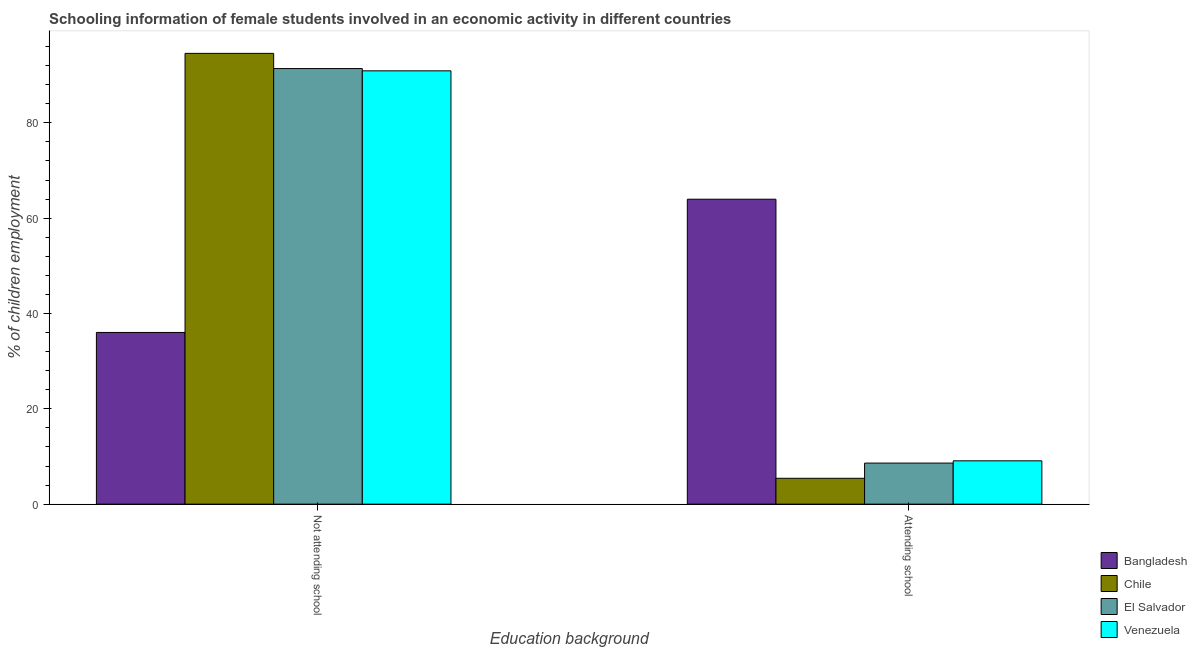
| Education background | Bangladesh | Chile | El Salvador | Venezuela |
 | --- | --- | --- | --- | --- |
 | Not attending school | 36 | 94.6 | 91.4 | 90.9 |
 | Attending school | 64 | 5.43 | 8.62 | 9.09 |